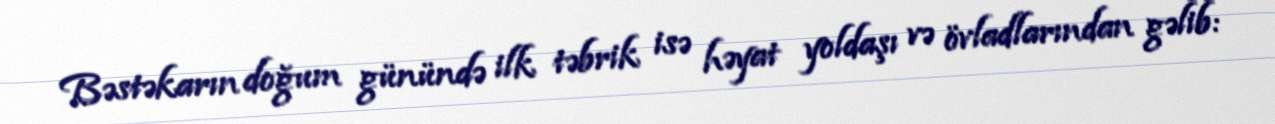
Bəstəkarın doğum günündə ilk təbrik isə həyat yoldaşı və övladlarından gəlib: